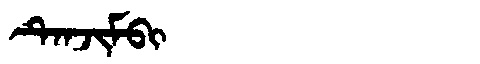
Manchu: ᡨᡝᠨᠵᡳᠮᠪᡳ
Romanization: TENJIMBI